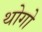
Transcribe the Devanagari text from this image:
थोगो